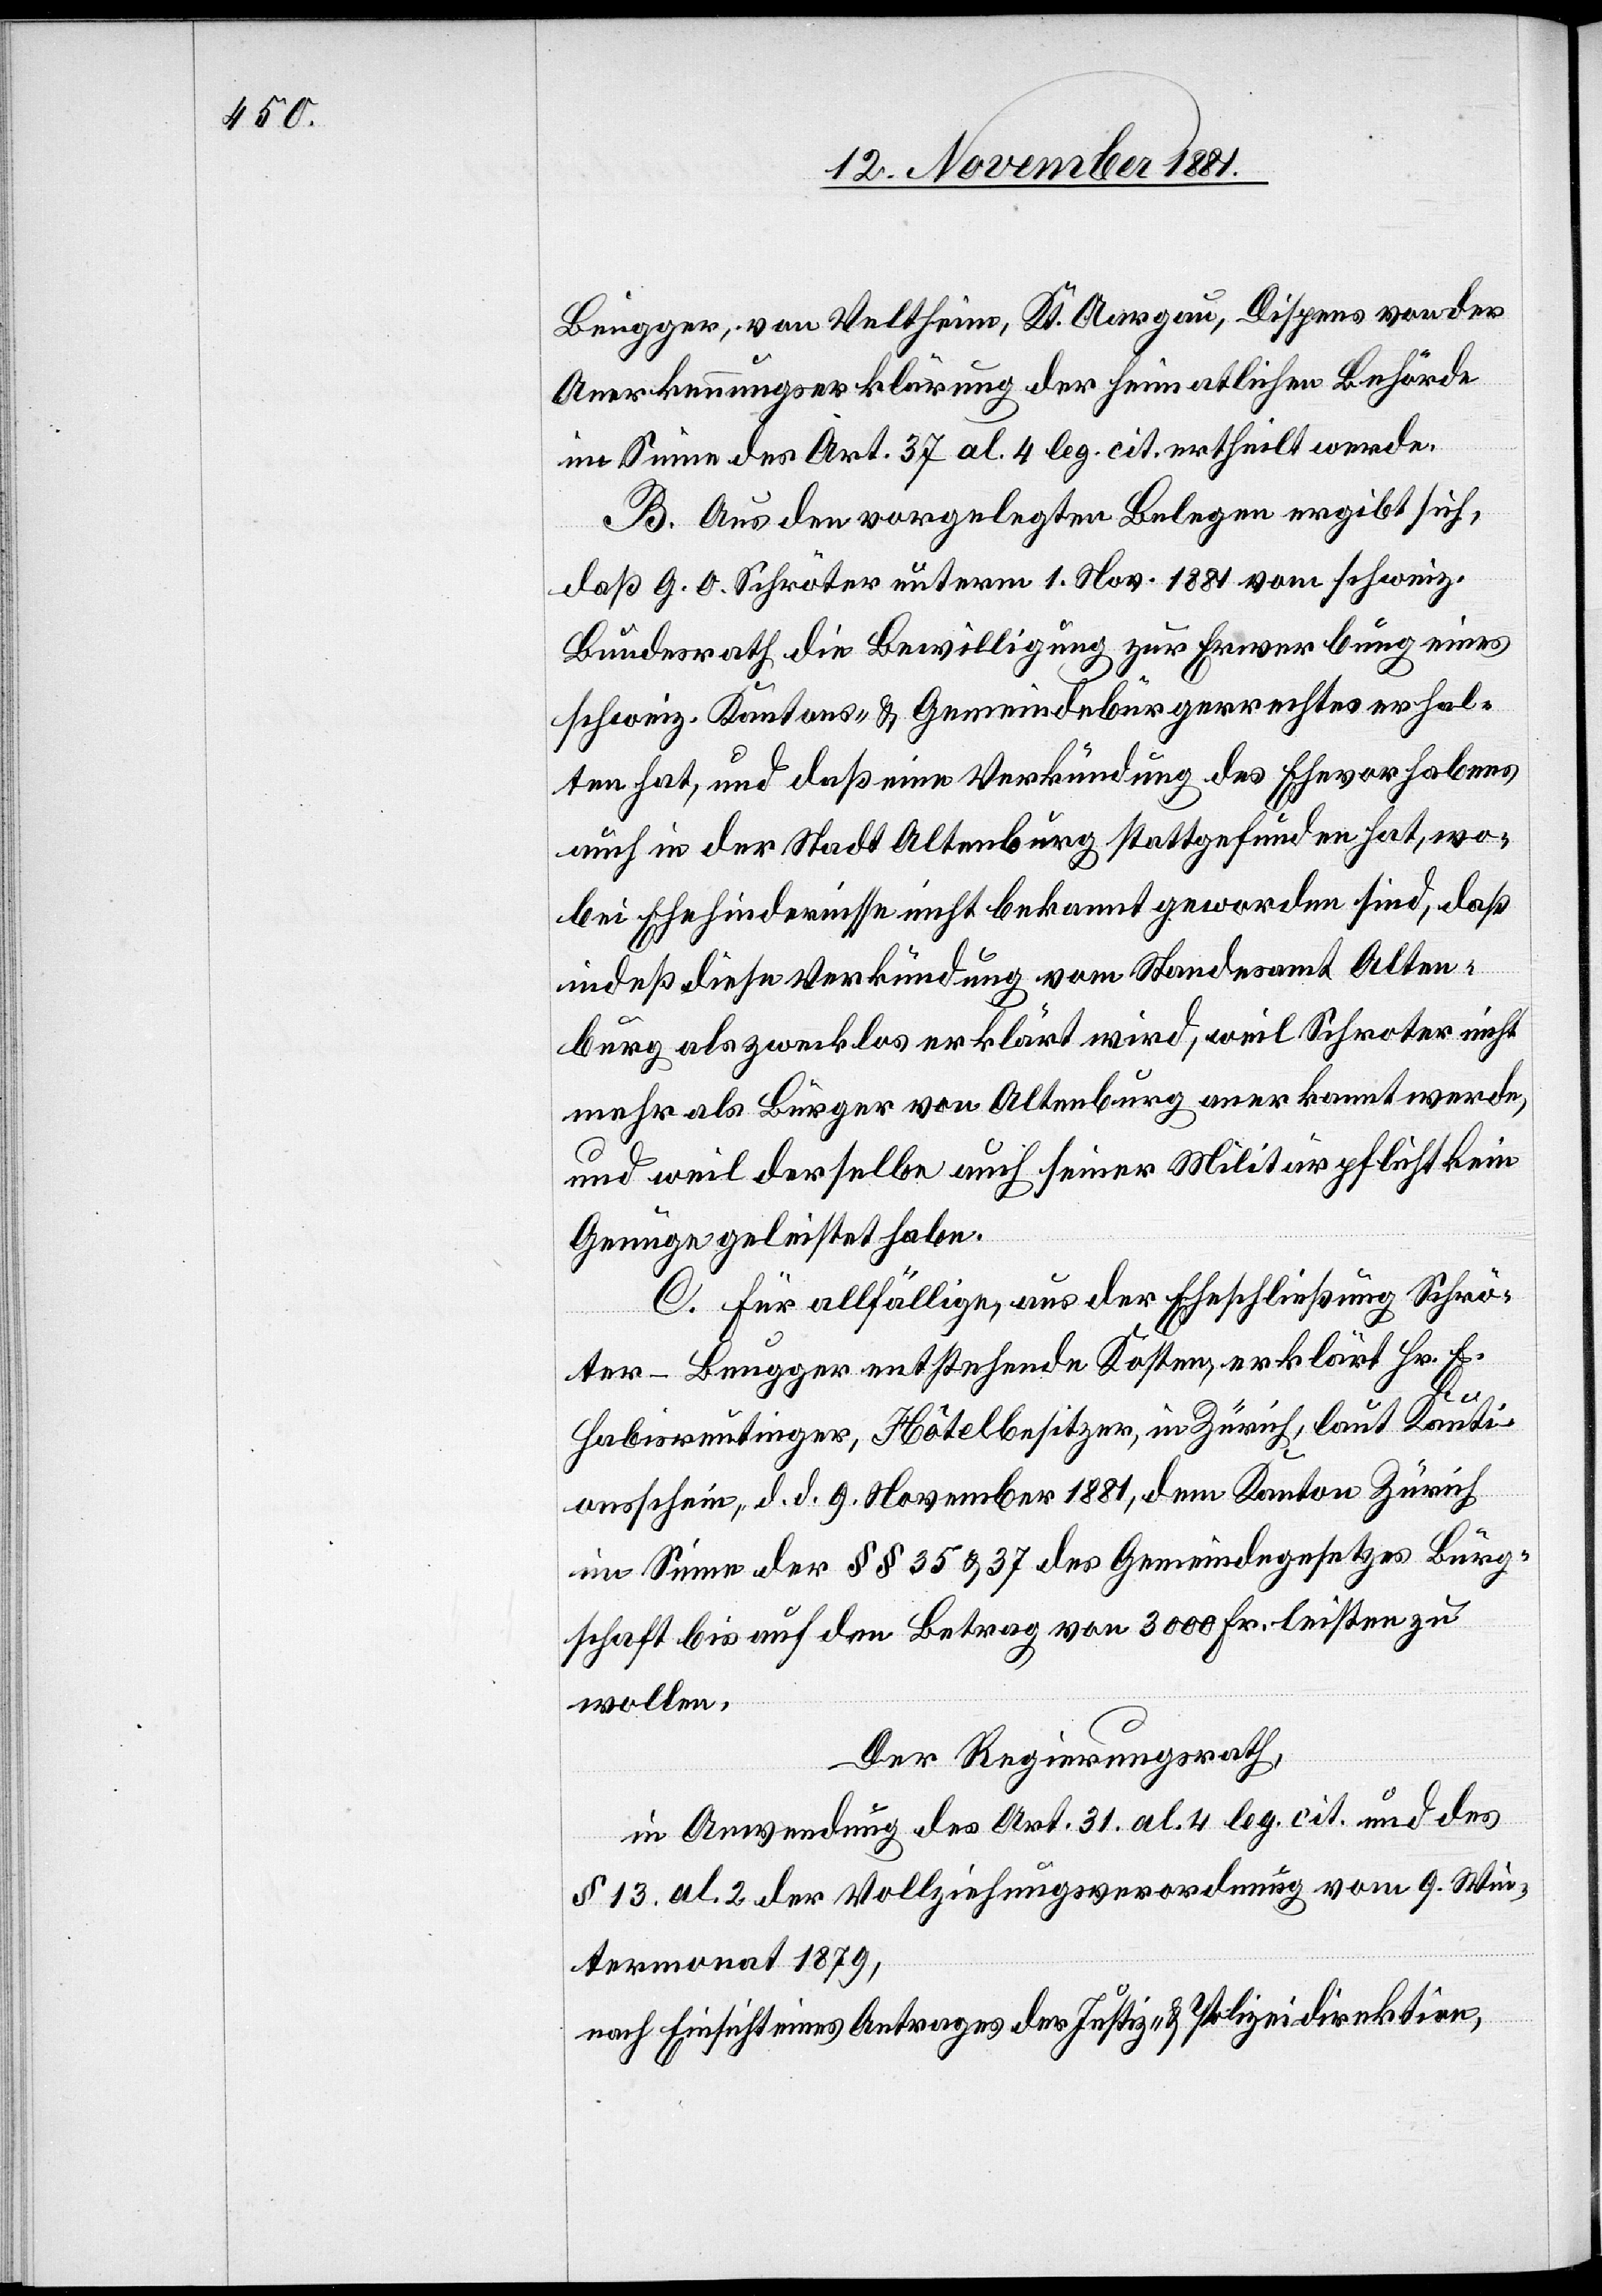
Beugger, von Veltheim, Kt. Aargau, Dispens von der
Anerkennungserklärung der heimatlichen Behörde
im Sinne des Art. 37 al. 4 leg. cit. ertheilt werde.
B. Aus den vorgelegten Belegen ergibt sich,
daß G. O. Schröter unterm 1. Nov. 1881 vom schweiz.
Bundesrath die Bewilligung zur Erwerbung eines
schweiz. Kantons- & Gemeindebürgerrechtes erhal¬
ten hat, und daß eine Verkündung des Ehevorhabens
auch in der Stadt Altenburg stattgefunden hat, wo¬
bei Ehehindernisse nicht bekannt geworden sind, daß
indeß diese Verkündung vom Standesamt Alten¬
burg als zwecklos erklärt wird, weil Schroter [sic!]
mehr als Bürger von Altenburg anerkannt werde,
und weil derselbe auch seiner Militärpflicht kein
Genüge geleistet habe.
C. Für allfällige, aus der Eheschließung Schrö¬
ter-Beugger entstehende Kosten, erklärt Hr. E.
Habisreutinger, Hôtelbesitzer, in Zürich, laut Kauti¬
onsschein, d. d. 9. November 1881, dem Kanton Zürich
im Sinne der §§ 35 & 37 des Gemeindegesetzes Bürg¬
schaft bis auf den Betrag von 3000 Fr. leisten zu
wollen.
Der Regierungsrath,
in Anwendung des Art. 31. al. 4 leg. cit. und des
§ 13. al. 2 der Vollziehungsverordnung vom 9. Win¬
termonat 1879,
nach Einsicht eines Antrages der Justiz- & Polizeidirektion,